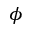
\phi